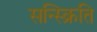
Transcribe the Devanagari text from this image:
सन्स्क्रिति